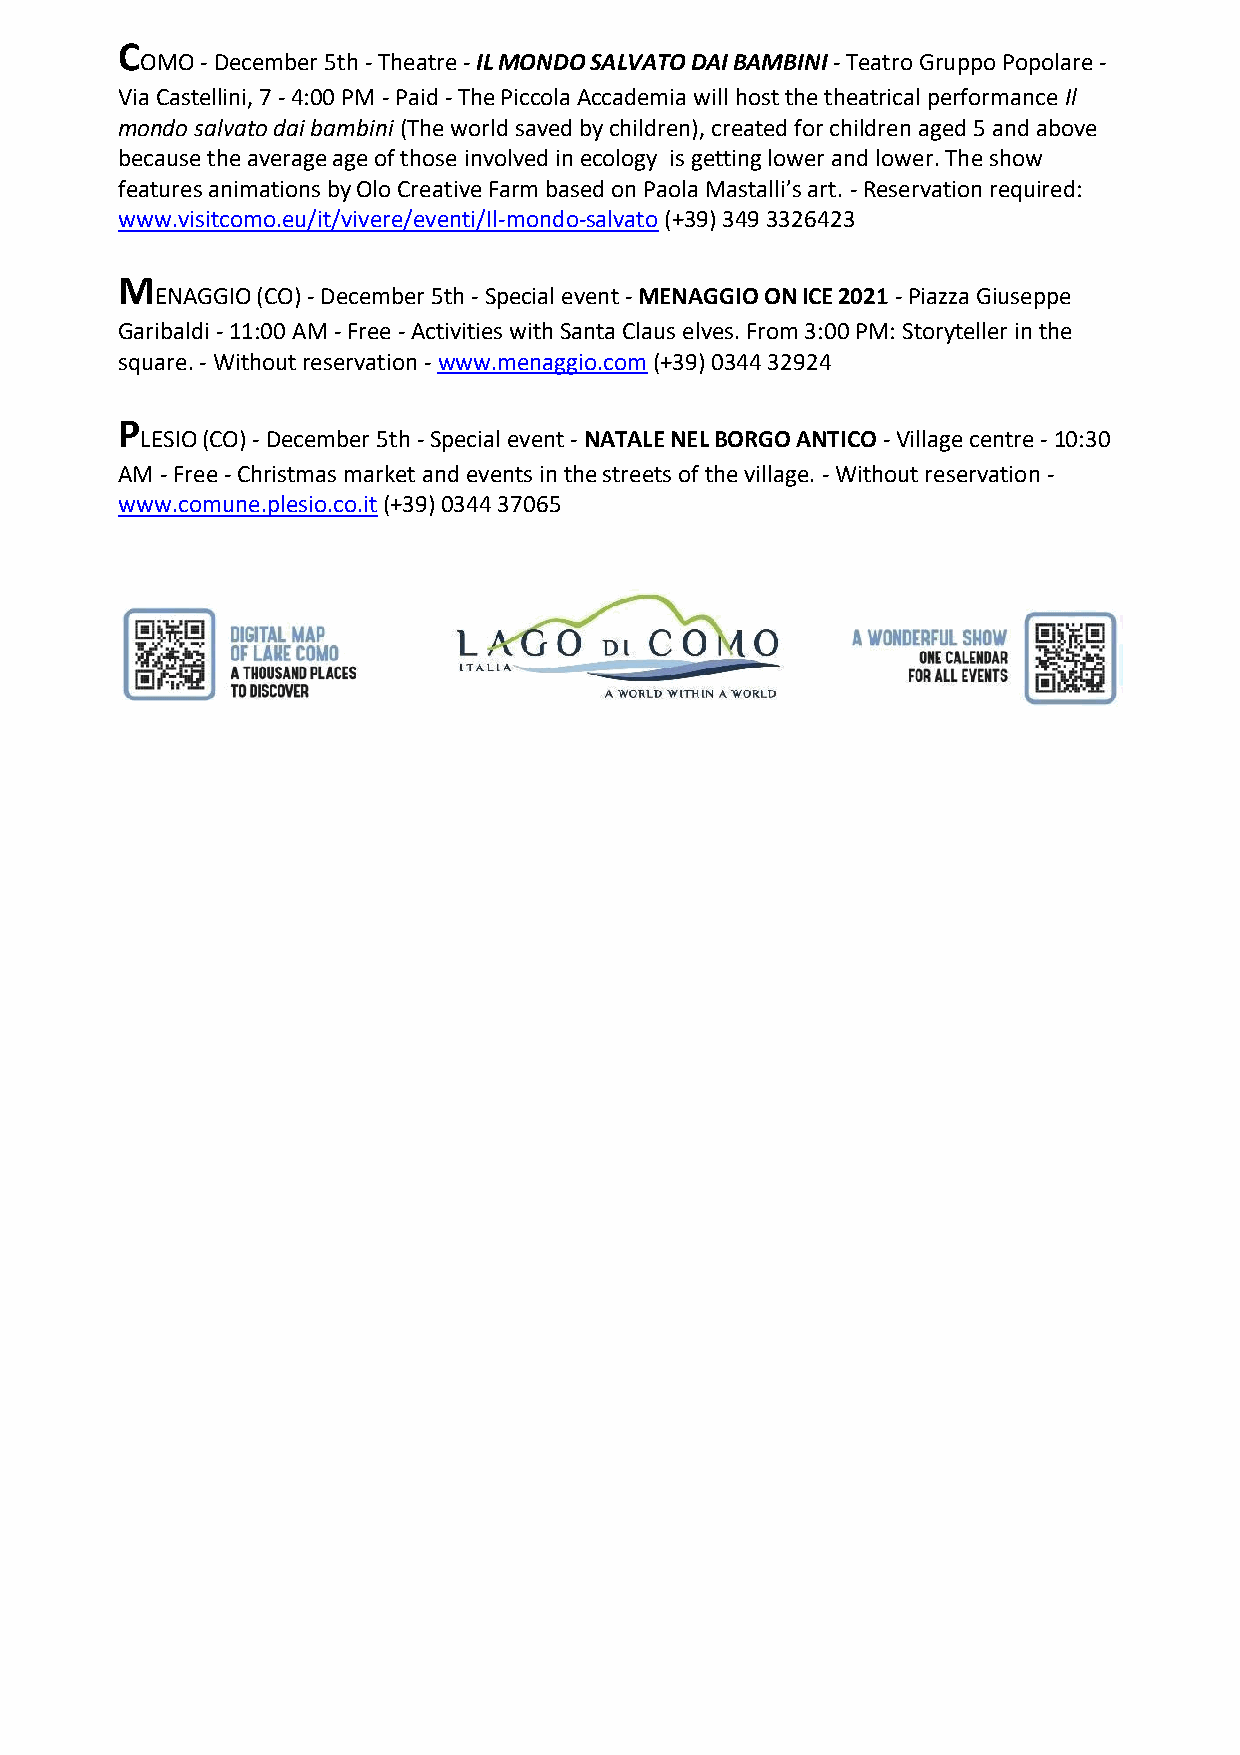
C
 OMO - December 5th - Theatre - IL MONDO SALVATO DAI BAMBINI - Teatro Gruppo Popolare -
 Via Castellini, 7 - 4:00 PM - Paid - The Piccola Accademia will host the theatrical performance Il
 mondo salvato dai bambini (The world saved by children), created for children aged 5 and above
 because the average age of those involved in ecology is getting lower and lower. The show
 features animations by Olo Creative Farm based on Paola Mastalli’s art. - Reservation required:
 www.visitcomo.eu/it/vivere/eventi/Il-mondo-salvato (+39) 349 3326423
 M
 ENAGGIO (CO) - December 5th - Special event - MENAGGIO ON ICE 2021 - Piazza Giuseppe
 Garibaldi - 11:00 AM - Free - Activities with Santa Claus elves. From 3:00 PM: Storyteller in the
 square. - Without reservation - www.menaggio.com (+39) 0344 32924
 P
 LESIO (CO) - December 5th - Special event - NATALE NEL BORGO ANTICO - Village centre - 10:30
 AM - Free - Christmas market and events in the streets of the village. - Without reservation -
 www.comune.plesio.co.it (+39) 0344 37065